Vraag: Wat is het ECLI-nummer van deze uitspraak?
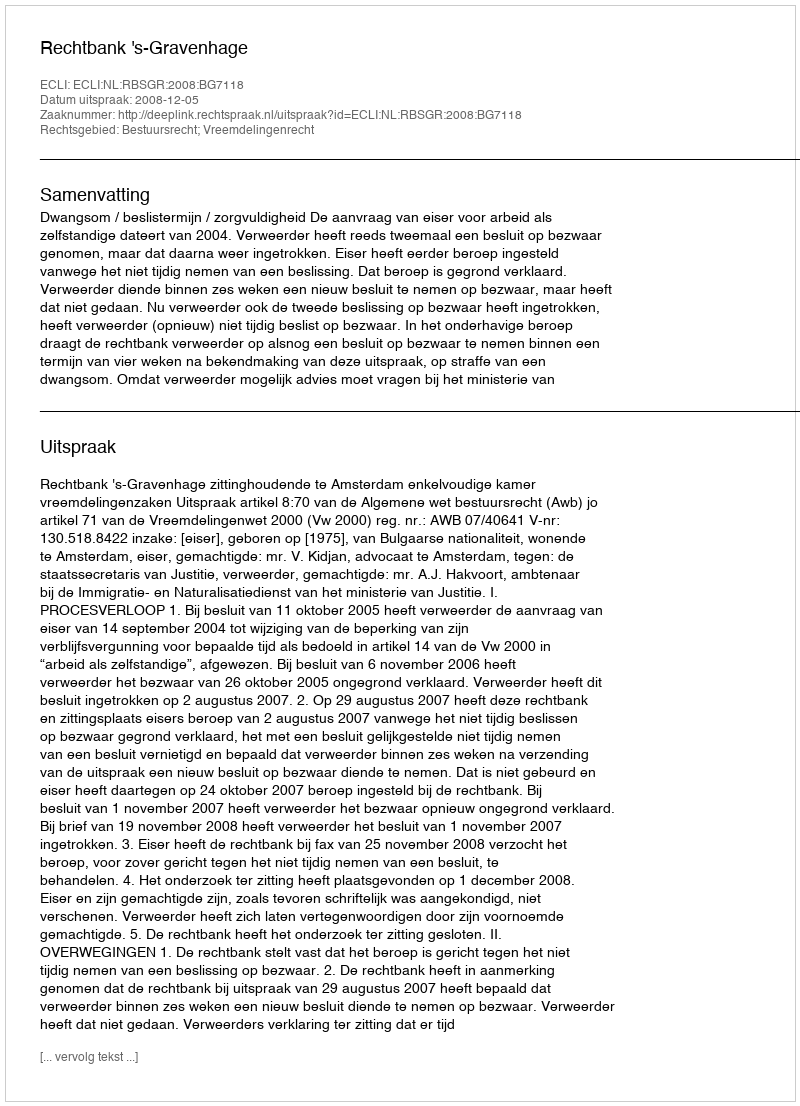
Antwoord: ECLI:NL:RBSGR:2008:BG7118